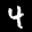
Label: 4